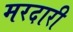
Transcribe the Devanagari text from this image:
मरदारी